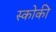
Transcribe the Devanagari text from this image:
स्कोकी